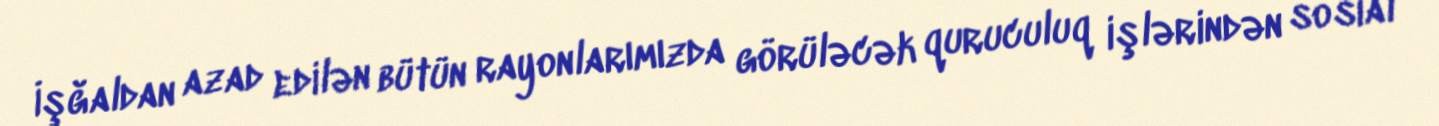
İşğaldan azad edilən bütün rayonlarımızda görüləcək quruculuq işlərindən sosial